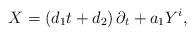
LaTeX: \begin{align*}X=\left( d_{1}t+d_{2}\right) \partial_{t}+a_{1}Y^{i}, \end{align*}